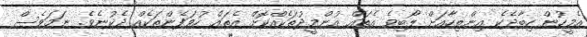
އެމީހުން ހިބާދެކެ އިންތިހާއަށް ލޯބިވެ އެތައް އުންމީދުތަކެއްކޮށް އެތައް ހުވަފެންތަކެއް ދެކުނެވެ. ނަމަވެސް